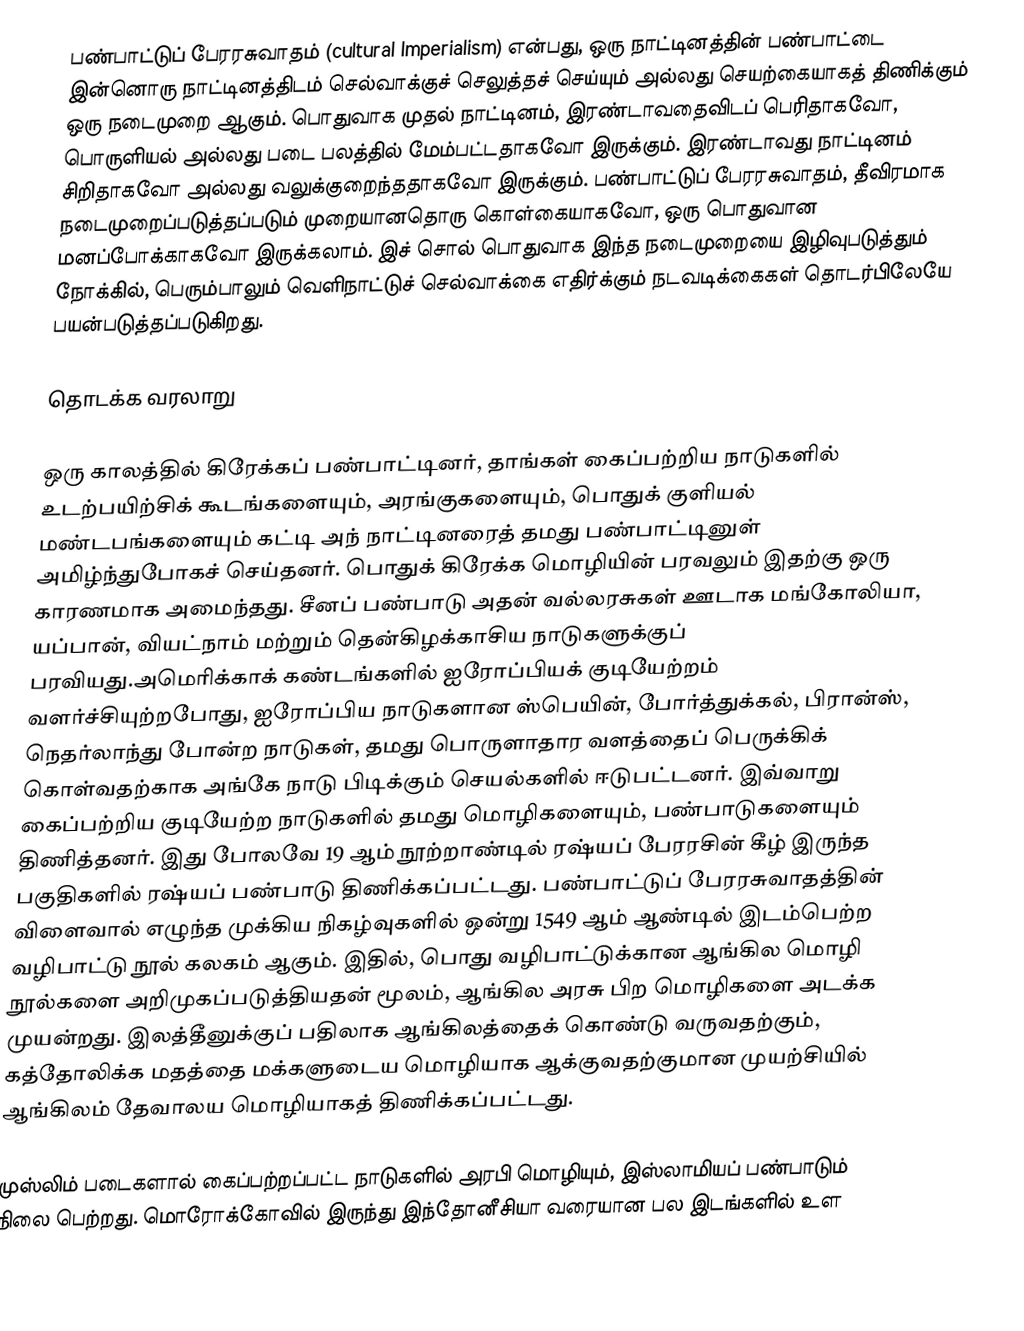
பண்பாட்டுப் பேரரசுவாதம் (cultural Imperialism) என்பது, ஒரு நாட்டினத்தின் பண்பாட்டை இன்னொரு நாட்டினத்திடம் செல்வாக்குச் செலுத்தச் செய்யும் அல்லது செயற்கையாகத் திணிக்கும் ஒரு நடைமுறை ஆகும். பொதுவாக முதல் நாட்டினம், இரண்டாவதைவிடப் பெரிதாகவோ, பொருளியல் அல்லது படை பலத்தில் மேம்பட்டதாகவோ இருக்கும். இரண்டாவது நாட்டினம் சிறிதாகவோ அல்லது வலுக்குறைந்ததாகவோ இருக்கும். பண்பாட்டுப் பேரரசுவாதம், தீவிரமாக நடைமுறைப்படுத்தப்படும் முறையானதொரு கொள்கையாகவோ, ஒரு பொதுவான மனப்போக்காகவோ இருக்கலாம். இச் சொல் பொதுவாக இந்த நடைமுறையை இழிவுபடுத்தும் நோக்கில், பெரும்பாலும் வெளிநாட்டுச் செல்வாக்கை எதிர்க்கும் நடவடிக்கைகள் தொடர்பிலேயே பயன்படுத்தப்படுகிறது.

தொடக்க வரலாறு

ஒரு காலத்தில் கிரேக்கப் பண்பாட்டினர், தாங்கள் கைப்பற்றிய நாடுகளில் உடற்பயிற்சிக் கூடங்களையும், அரங்குகளையும், பொதுக் குளியல் மண்டபங்களையும் கட்டி அந் நாட்டினரைத் தமது பண்பாட்டினுள் அமிழ்ந்துபோகச் செய்தனர். பொதுக் கிரேக்க மொழியின் பரவலும் இதற்கு ஒரு காரணமாக அமைந்தது. சீனப் பண்பாடு அதன் வல்லரசுகள் ஊடாக மங்கோலியா, யப்பான், வியட்நாம் மற்றும் தென்கிழக்காசிய நாடுகளுக்குப் பரவியது.அமெரிக்காக் கண்டங்களில் ஐரோப்பியக் குடியேற்றம் வளர்ச்சியுற்றபோது, ஐரோப்பிய நாடுகளான ஸ்பெயின், போர்த்துக்கல், பிரான்ஸ், நெதர்லாந்து போன்ற நாடுகள், தமது பொருளாதார வளத்தைப் பெருக்கிக் கொள்வதற்காக அங்கே நாடு பிடிக்கும் செயல்களில் ஈடுபட்டனர். இவ்வாறு கைப்பற்றிய குடியேற்ற நாடுகளில் தமது மொழிகளையும், பண்பாடுகளையும் திணித்தனர். இது போலவே 19 ஆம் நூற்றாண்டில் ரஷ்யப் பேரரசின் கீழ் இருந்த பகுதிகளில் ரஷ்யப் பண்பாடு திணிக்கப்பட்டது. பண்பாட்டுப் பேரரசுவாதத்தின் விளைவால் எழுந்த முக்கிய நிகழ்வுகளில் ஒன்று 1549 ஆம் ஆண்டில் இடம்பெற்ற வழிபாட்டு நூல் கலகம் ஆகும். இதில், பொது வழிபாட்டுக்கான ஆங்கில மொழி நூல்களை அறிமுகப்படுத்தியதன் மூலம், ஆங்கில அரசு பிற மொழிகளை அடக்க முயன்றது. இலத்தீனுக்குப் பதிலாக ஆங்கிலத்தைக் கொண்டு வருவதற்கும், கத்தோலிக்க மதத்தை மக்களுடைய மொழியாக ஆக்குவதற்குமான முயற்சியில் ஆங்கிலம் தேவாலய மொழியாகத் திணிக்கப்பட்டது.

முஸ்லிம் படைகளால் கைப்பற்றப்பட்ட நாடுகளில் அரபி மொழியும், இஸ்லாமியப் பண்பாடும் நிலை பெற்றது. மொரோக்கோவில் இருந்து இந்தோனீசியா வரையான பல இடங்களில் உள